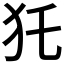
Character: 𤜤